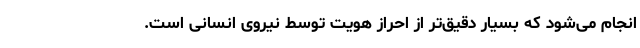
انجام می‌شود که بسیار دقیق‌تر از احراز هویت توسط نیروی انسانی است.